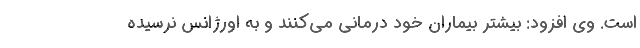
است. وی افزود: بیشتر بیماران خود درمانی می‌کنند و به اورژانس نرسیده